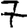
Digit: 7